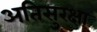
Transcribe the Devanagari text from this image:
अतिसुरक्षा